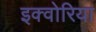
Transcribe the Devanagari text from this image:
इक्वोरिया